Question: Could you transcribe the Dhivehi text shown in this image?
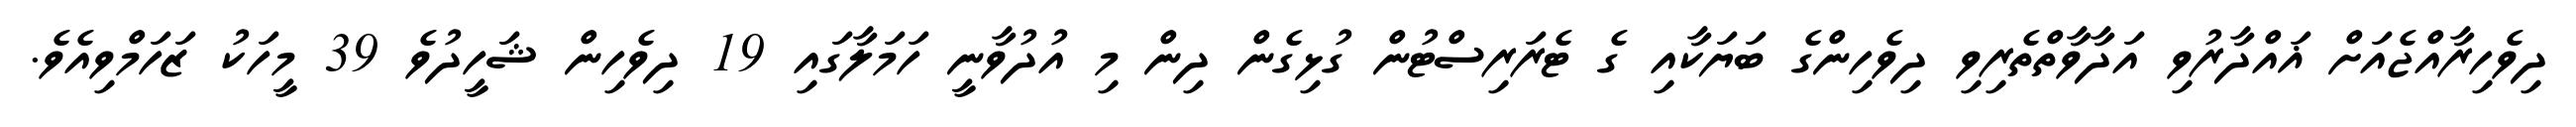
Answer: ދިވެހިރާއްޖެއަށް ޣައްދާރުވި އަދާވާތްތެރިވި ދިވެހިންގެ ބަޔަކާއި ގެ ޓެރަރިސްޓުން ގުޅިގެން ދިން މި އުދުވާނީ ހަމަލާގައި 19 ދިވެހިން ޝަހީދުވެ 39 މީހަކު ޒަހަމްވިއެވެ.